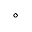
\circ